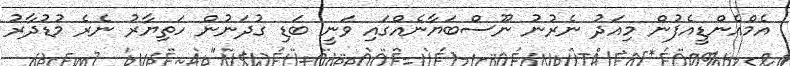
އެމްްއެންޑީއެފުން މިއަދު ނެރުނު ނޫސްބަޔާނެއްގައި ވަނީ ބަޑި ގުދަނުން ހަތިޔާރު ނެރެ މުޑުދާރު